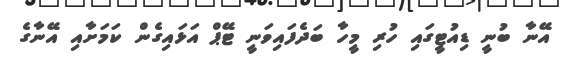
އޭނާ ބުނީ ޑިއުޓީގައި ހުރި މީހާ ބަދެފައިވަނީ ޓޭޕް އަޅައިގެން ކަމަށާއި އޭނާގެ